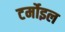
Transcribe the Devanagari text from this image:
टर्मोइल